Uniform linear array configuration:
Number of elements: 16
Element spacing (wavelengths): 0.5
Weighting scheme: hamming
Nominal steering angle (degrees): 30
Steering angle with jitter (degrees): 30.946
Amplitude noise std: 0.05
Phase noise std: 0.05

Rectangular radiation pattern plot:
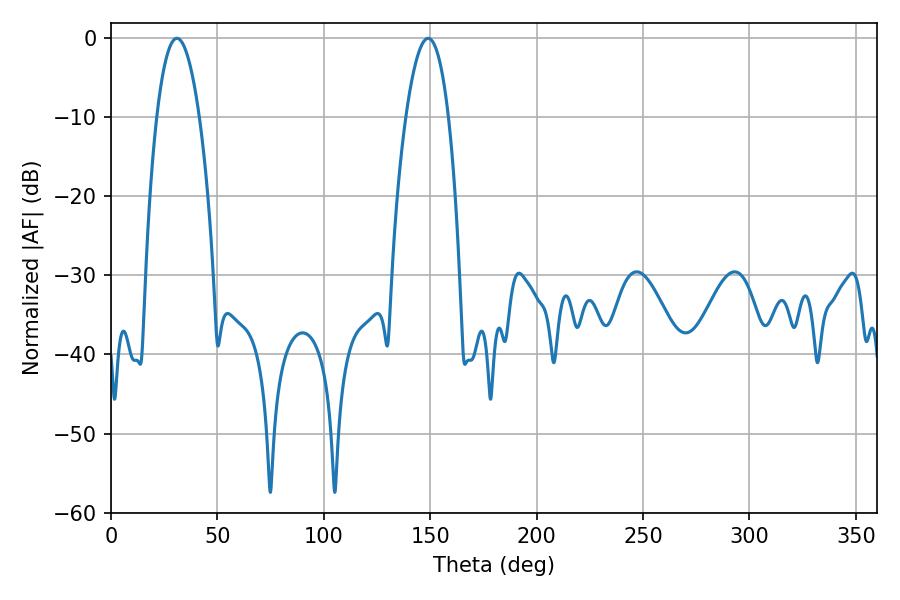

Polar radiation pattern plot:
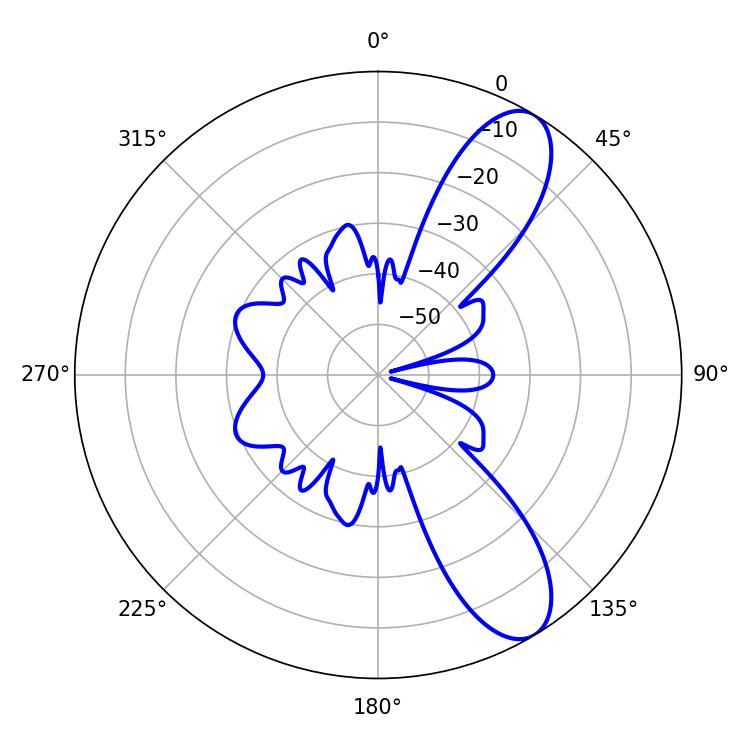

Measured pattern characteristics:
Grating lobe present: FALSE
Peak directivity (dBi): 9.725
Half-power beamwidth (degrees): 11.16
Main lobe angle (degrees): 30.96